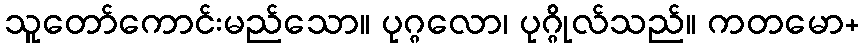
သူတော်ကောင်းမည်သော။ ပုဂ္ဂလော၊ ပုဂ္ဂိုလ်သည်။ ကတမော+